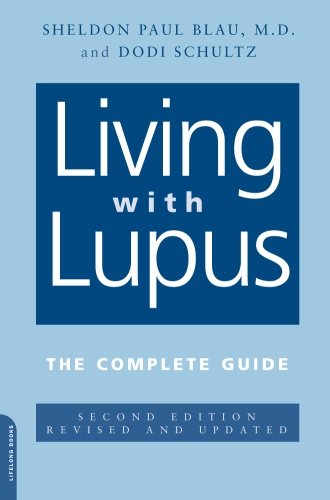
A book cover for Living With Lupus: The Complete Guide, Second Edition; Sheldon Paul Blau; Health, Fitness & Dieting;